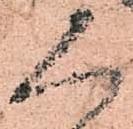
人